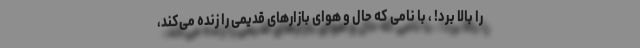
را بالا برد! ، با نامی که حال و هوای بازارهای قدیمی را زنده می‌کند،